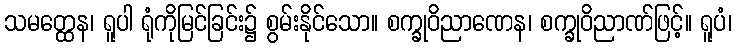
သမတ္ထေန၊ ရူပါ ရုံကိုမြင်ခြင်း၌ စွမ်းနိုင်သော။ စက္ခုဝိညာဏေန၊ စက္ခုဝိညာဏ်ဖြင့်။ ရူပံ၊